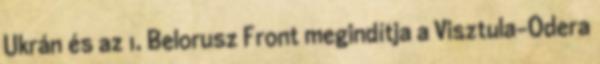
Ukrán és az 1. Belorusz Front megindítja a Visztula-Odera